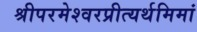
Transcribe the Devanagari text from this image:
श्रीपरमेश्वरप्रीत्यर्थमिमां